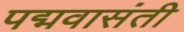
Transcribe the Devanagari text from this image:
पद्मवासंती